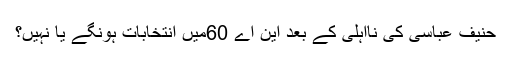
حنیف عباسی کی نااہلی کے بعد این اے 60میں انتخابات ہونگے یا نہیں؟